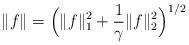
LaTeX: \begin{align*}\|f\| = \Bigl( \|f\|_1^2+\frac{1}{\gamma}\|f\|_2^2 \Bigr)^{1/2} \end{align*}